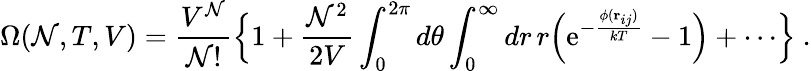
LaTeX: \Omega(\mathcal{N},T,V)={\frac{{V^{\mathcal{N}}}}{{\mathcal{N}!}}}\Bigl\{ 1+{\frac{{\mathcal{N}^{2}}}{{2V}}}\int_{0}^{2\pi}d\theta\int_{0}^{\infty}dr\, r\Bigl(\mathrm{{e}}^{-{\frac{{\phi({\mathbf{r}}_{ij})}}{{kT}}}}-1\Bigr)+\cdots\Bigr\} \ .